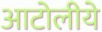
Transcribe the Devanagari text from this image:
आटोलीये